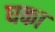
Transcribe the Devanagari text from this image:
धका